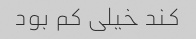
کند خیلی کم بود